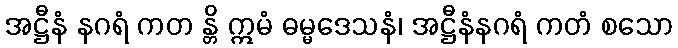
အဋ္ဌီနံ နဂရံ ကတ န္တိ ဣမံ ဓမ္မဒေသနံ၊ အဋ္ဌီနံနဂရံ ကတံ စသော